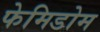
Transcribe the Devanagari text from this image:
फेमिडोम